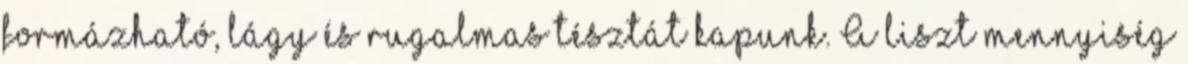
formázható, lágy és rugalmas tésztát kapunk. A liszt mennyiség